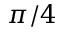
\pi / 4